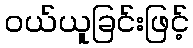
ဝယ်ယူခြင်းဖြင့်